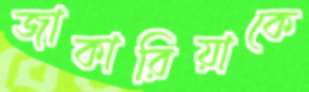
জাকারিয়াকে